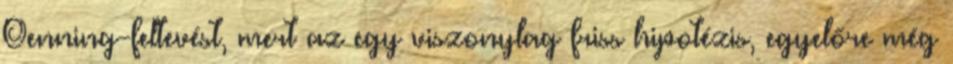
Oenning-feltevést, mert az egy viszonylag friss hipotézis, egyelőre még